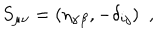
S _ { \mu \nu } = ( \eta _ { \alpha \beta } , - \delta _ { i j } ) ~ ~ ,